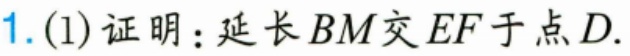
1. (1)证明：延长 \(BM\) 交 \(EF\) 于点 \(D\).